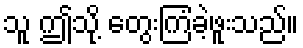
သူ ဤသို့ တွေးကြံခဲ့ဖူးသည်။